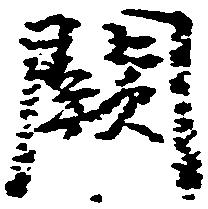
闕